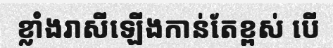
ខ្លាំងរាសីឡើងកាន់តែខ្ពស់ បើ